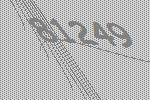
81249